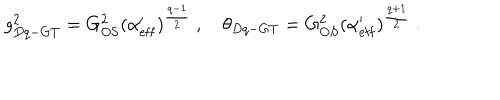
LaTeX: g _ { D q - G T } ^ { 2 } = G _ { \mathrm { O S } } ^ { 2 } ( \alpha _ { \mathrm { e f f } } ^ { \prime } ) ^ { \frac { q - 1 } { 2 } } \ , \quad \theta _ { D q - G T } = G _ { O S } ^ { 2 } ( \alpha _ { \mathrm { e f f } } ^ { \prime } ) ^ { \frac { q + 1 } { 2 } } \ .